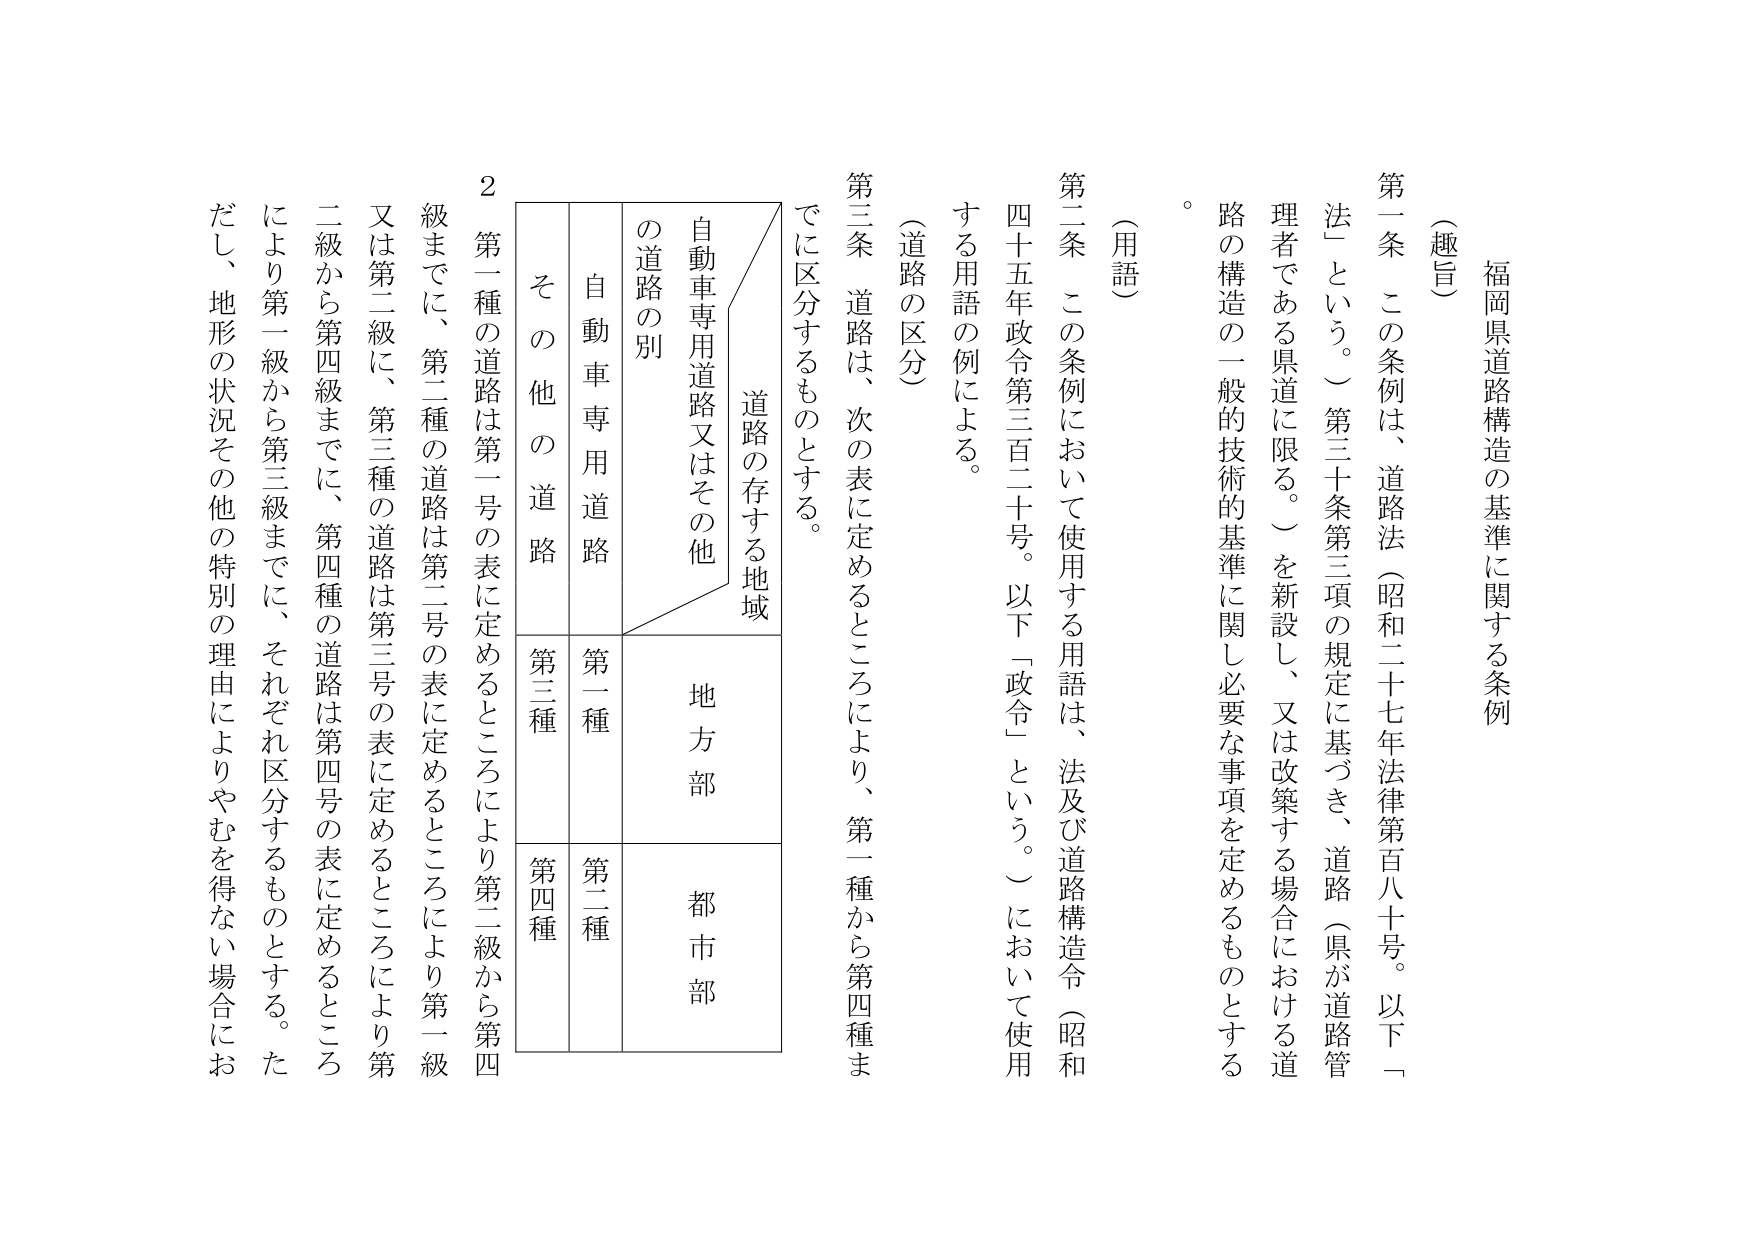
福岡県道路構造の基準に関する条例

（趣旨）
第一条　この条例は、道路法（昭和二十七年法律第百八十号。以下「法」という。）第三十条第三項の規定に基づき、道路（県が道路管理者である県道に限る。）を新設し、又は改築する場合における道路の構造の一般的技術的基準に関し必要な事項を定めるものとする。

（用語）
第二条　この条例において使用する用語は、法及び道路構造令（昭和四十五年政令第三百二十号。以下「政令」という。）において使用する用語の例による。

（道路の区分）
第三条　道路は、次の表に定めるところにより、第一種から第四種までに区分するものとする。

　　道路の存する地域
　　　　自動車専用道路又はその他
　　　　の道路の別
　　　　　　自動車専用道路　　その他 の道路
　　　　　　　　第一種　　　　　第三種
　　　　　　　　第二種　　　　　第四種
　　　　　　　　地方部　　　　　都市部

　　2　第一種の道路は第一号の表に定めるところにより第二級から第四級までに、第二種の道路は第二号の表に定めるところにより第一級又は第二級に、第三種の道路は第三号の表に定めるところにより第二級から第四級までに、第四種の道路は第四号の表に定めるところにより第一級から第三級までに、それぞれ区分するものとする。ただし、地形の状況その他の特別の理由によりやむを得ない場合にお